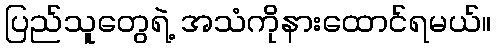
ပြည်သူတွေရဲ့ အသံကိုနားထောင်ရမယ်။